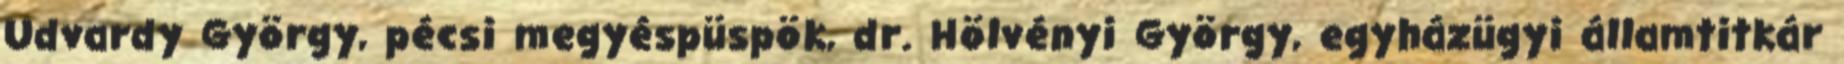
Udvardy György, pécsi megyéspüspök, dr. Hölvényi György, egyházügyi államtitkár